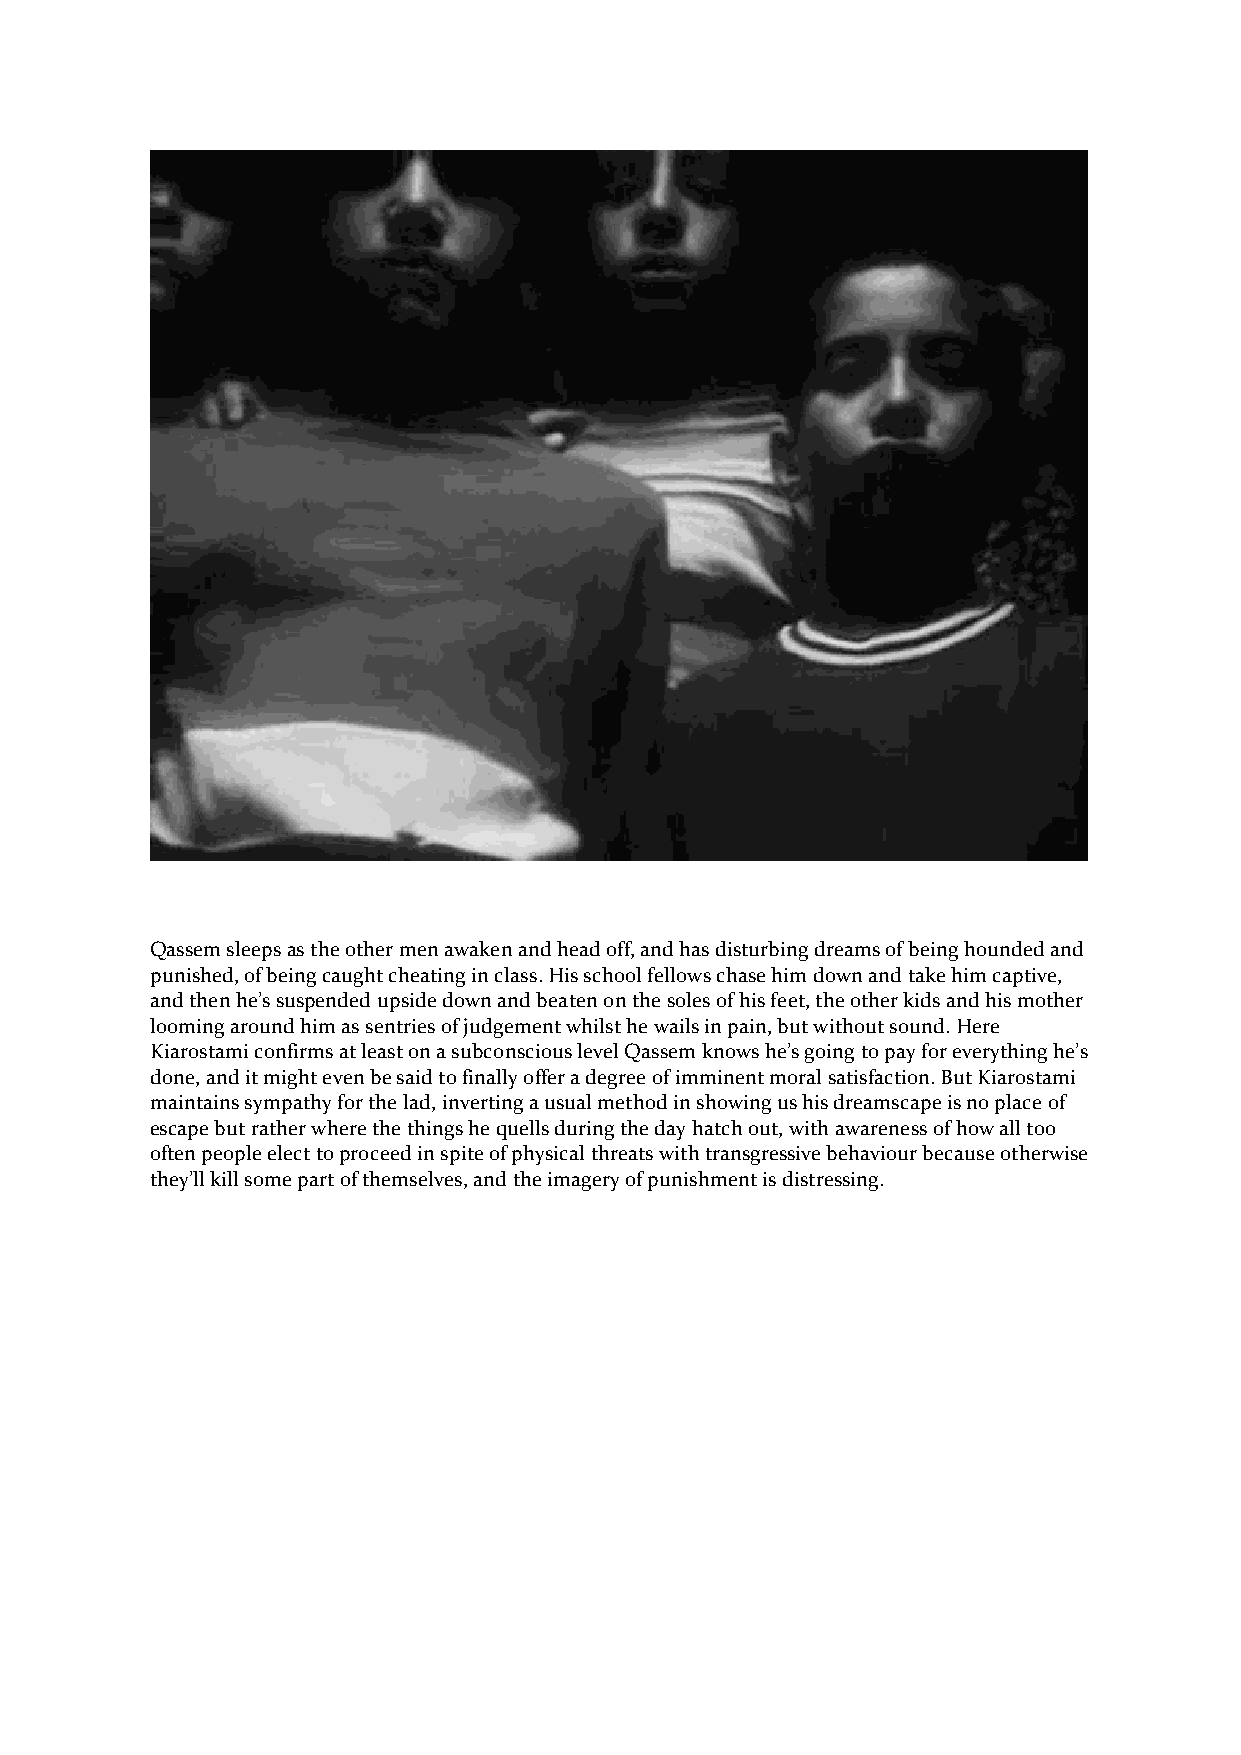
Qassem sleeps as the other men awaken and head off, and has disturbing dreams of being hounded and
 punished, of being caught cheating in class. His school fellows chase him down and take him captive,
 and then he’s suspended upside down and beaten on the soles of his feet, the other kids and his mother
 looming around him as sentries of judgement whilst he wails in pain, but without sound. Here
 Kiarostami confirms at least on a subconscious level Qassem knows he’s going to pay for everything he’s
 done, and it might even be said to finally offer a degree of imminent moral satisfaction. But Kiarostami
 maintains sympathy for the lad, inverting a usual method in showing us his dreamscape is no place of
 escape but rather where the things he quells during the day hatch out, with awareness of how all too
 often people elect to proceed in spite of physical threats with transgressive behaviour because otherwise
 they’ll kill some part of themselves, and the imagery of punishment is distressing.